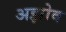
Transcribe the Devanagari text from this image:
अझोव